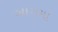
બાગમા